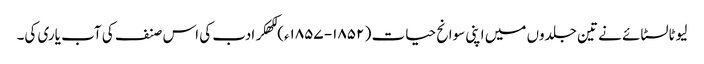
لیوٹالسٹائے نے تین جلدوں میں اپنی سوانح حیات ( ۱۸۵۲- ۱۸۵۷ء) لکھکر ادب کی اس صنف کی آب یاری کی۔